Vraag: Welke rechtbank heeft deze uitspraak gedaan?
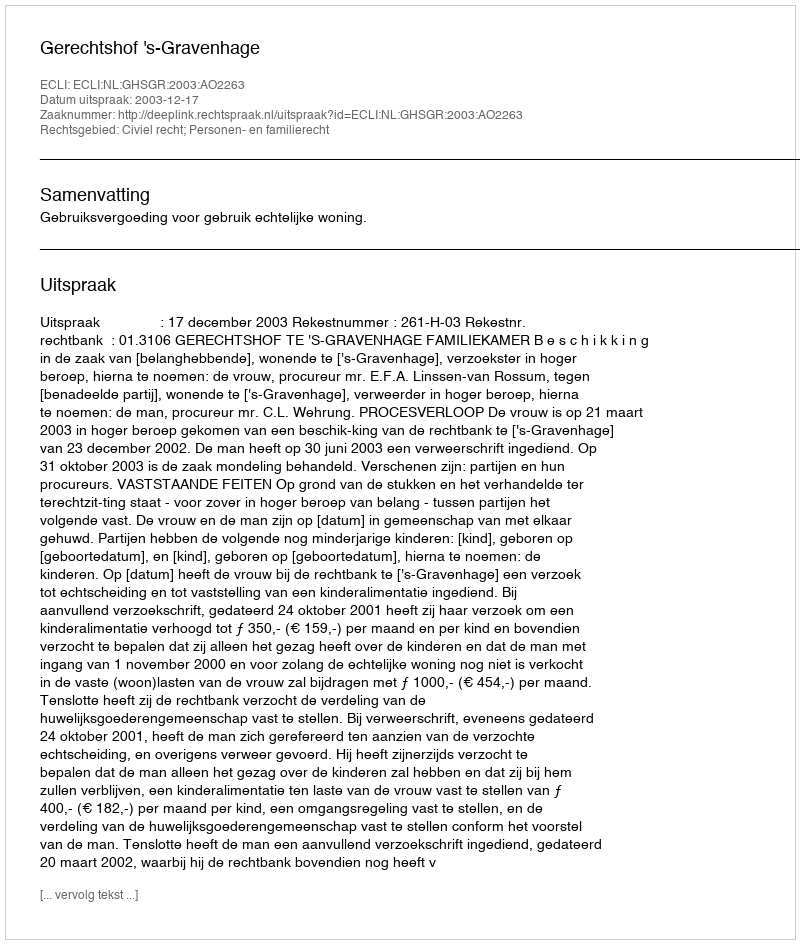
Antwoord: Gerechtshof 's-Gravenhage